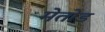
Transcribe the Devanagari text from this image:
मेतोड